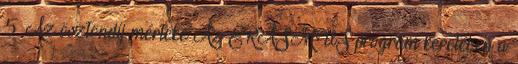
5. Az ösztöndíj mértéke Az ERASMUS program keretében a